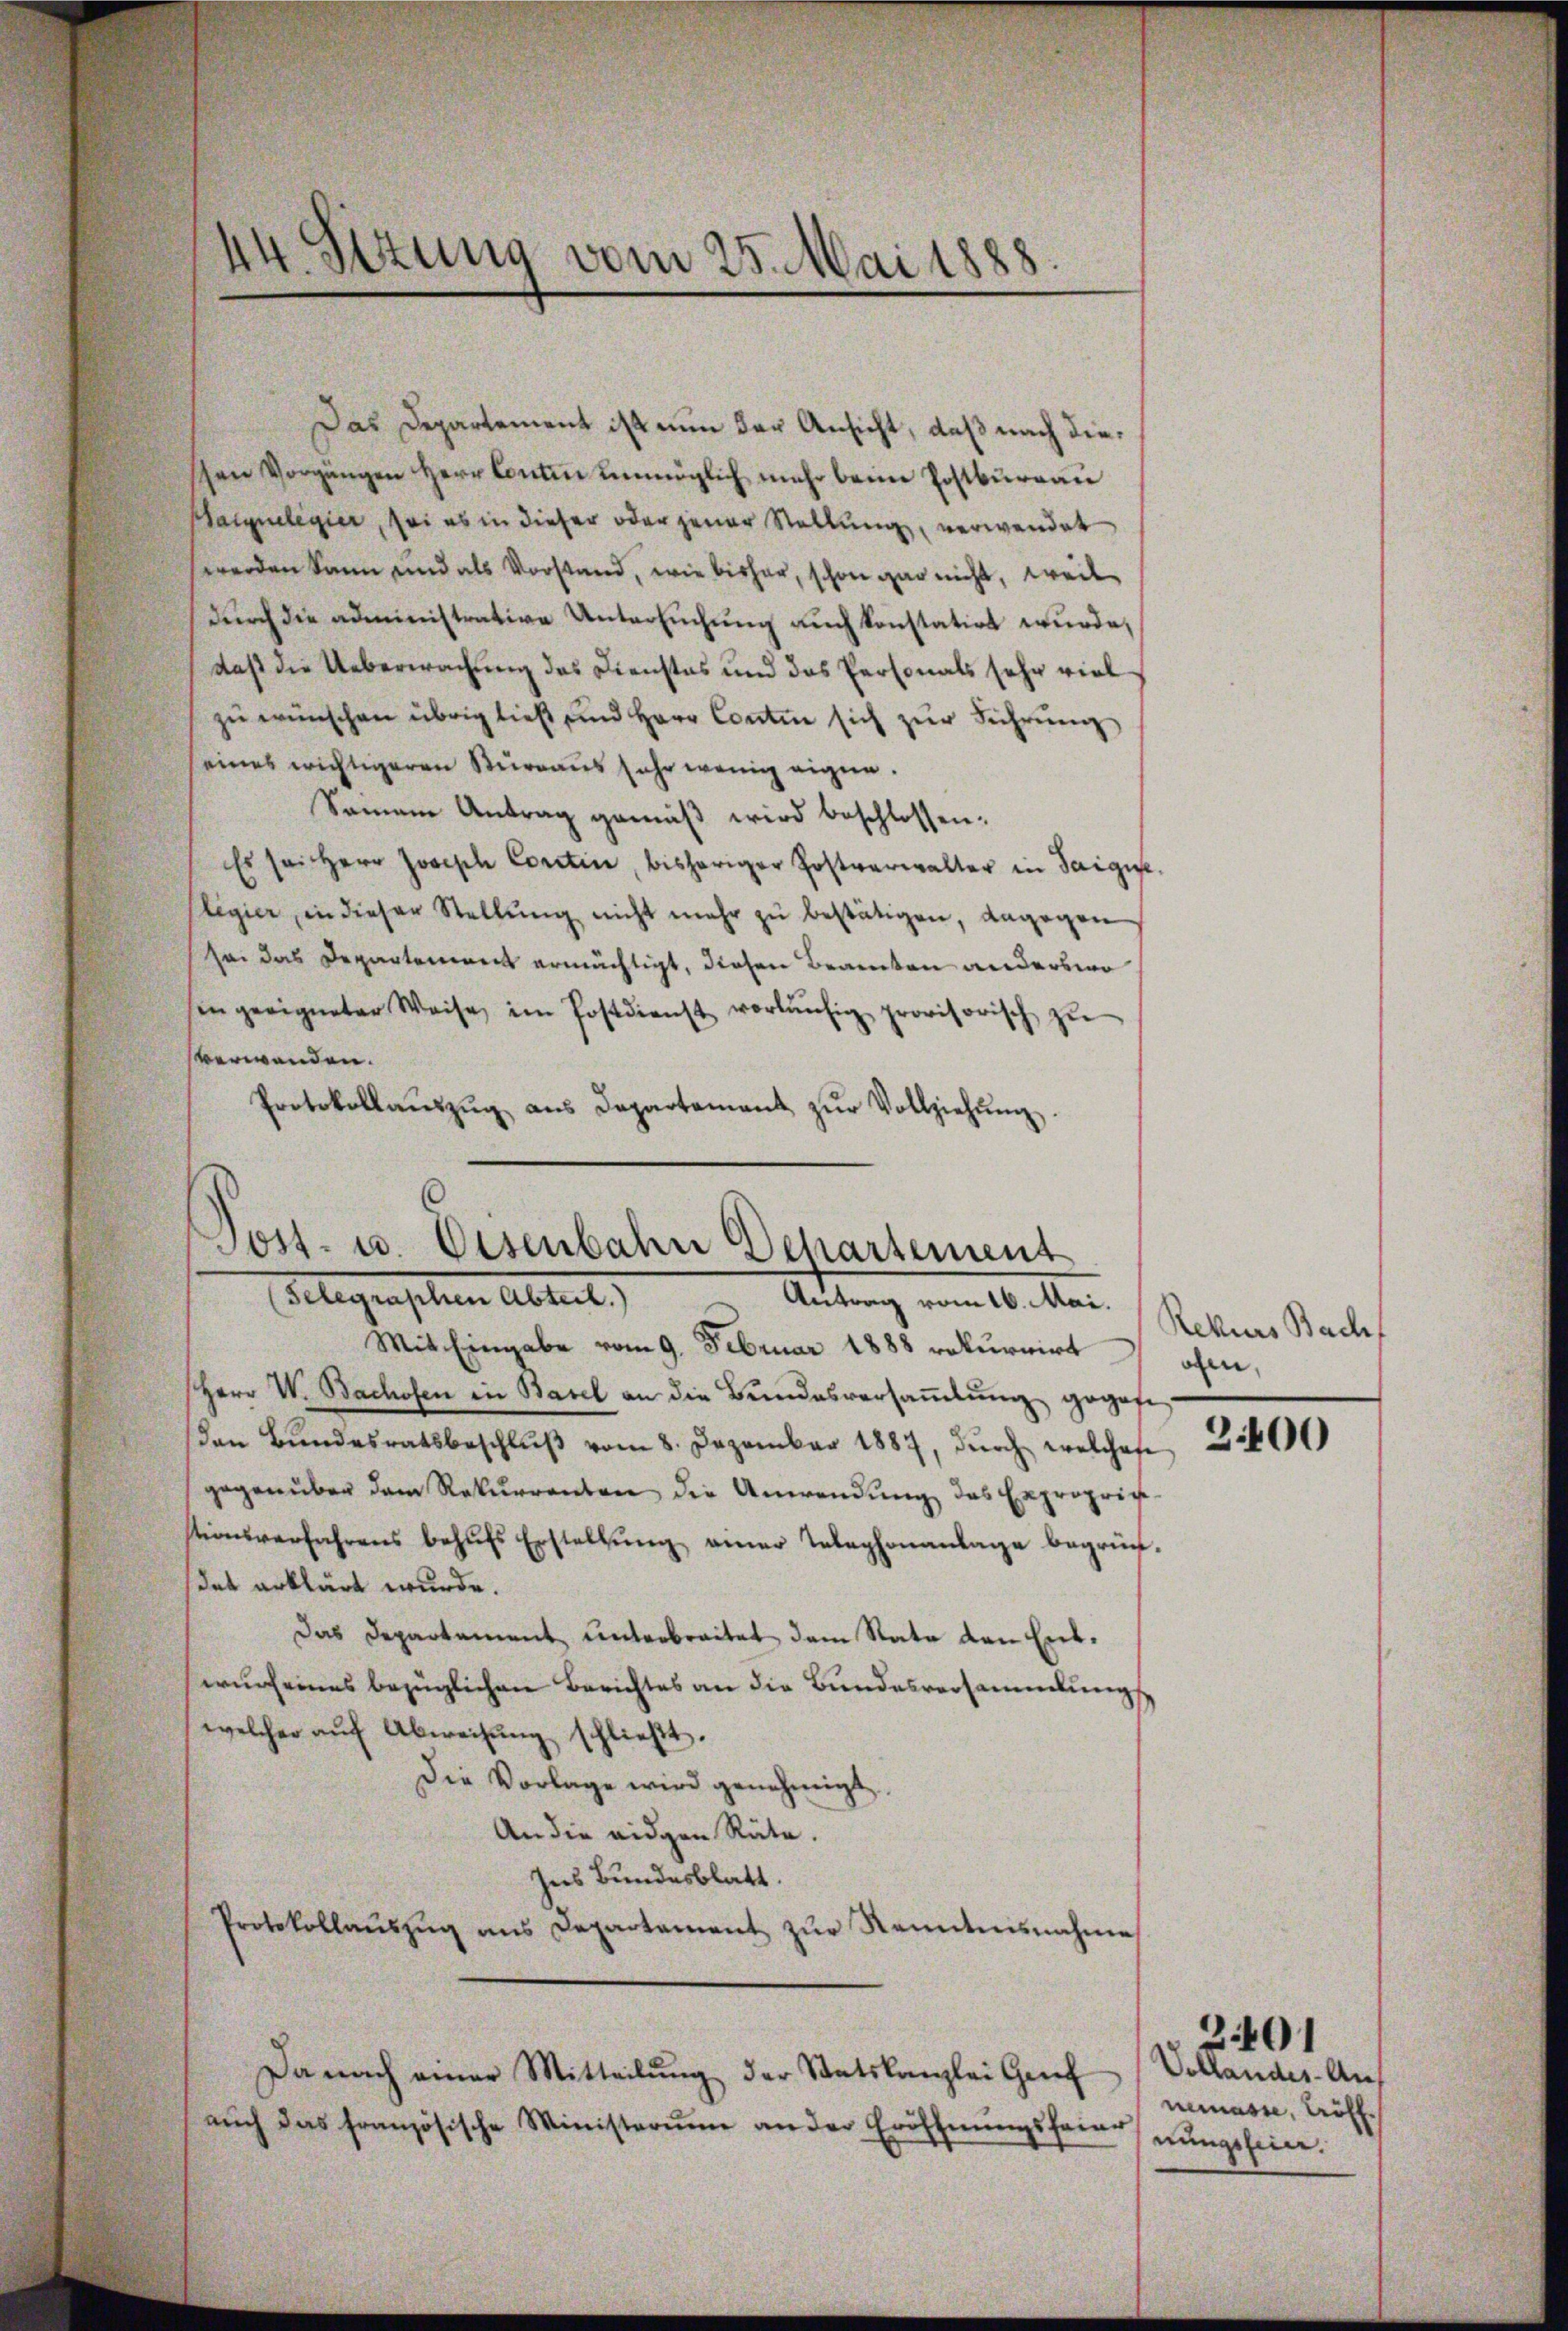
44. Sizung vom 25. Mai 1888

Sost- u. Eisenbahn Departement
Flegenschen Abteilt,
Antrag vom 16. Mai.

Das Departement ist nun der Ansicht, daß nach dieschen Vorgängen Herr Contin unmöglich mehr beim Postburgau
Haigelegier, sei es in dieser oder jener Stellung, verwendet
werden kann und als Vorstand, wie bisher, schon gar nicht, weil
durch die administrative Untersuchung auch konstatirt wurde,
daß die Ueberwachung des Dienstes und das Personals sehr viel
zŭ wünschen übrig ließ und Herr Contin sich zŭr Führŭng
seines wichtigeren Surraus sehr wenig eigne.
Seinem Antrag gemäβ wird beschlossen:
Es sei Herr Josisch Contin, bisheriger Postverwalter in Saigie
legier, in dieser Stellŭng nicht mehr zŭ bestätigen, dagegen
Sei das Departement ermächtigt, diesen Beamten anderswo
hin geeigneter Weise im Postdienst vorläŭfig provisorisch zŭ
verwenden.
Protokollaŭszŭg ans Departement zŭr Vollziehŭng.
Mit Eingabe vom 9. Februar 1888 rekurrirt
Herr W. Bachofen in Basel an die Bundesversaṁlŭng gegese
dan Bŭndesratsbeschlŭβ vom 8. Dezember 1887, dŭrch welches 2400
gegenüber dem Rekurrenten die Anwendŭng des Exproprich-
stionsverfahrens behŭfs Erstellŭng einer Telephonanlage begrün
det erklärt wurde.
Das Departement unterbreitet dem Rate den Entswurf eines bezüglichen Berichtes an die Bundesversammlungs
welcher aŭf Abweisŭng schlieβt.
Die Vorlage wird genehmigt
An die eidgen Räte.
Ins Bundesblatt.
Protokollaŭszŭg ans Departement zŭr Kenntnisnahme
Da nach einer Mitteilŭng der Statskanzlei Genf
aŭch das französische Ministerim an der Eröffnŭngsfeier

Rekurs Bach
den,

Vollandes- Auf
nemasse, Kröll
nungsfein.

201